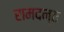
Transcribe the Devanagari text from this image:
रामदन्त